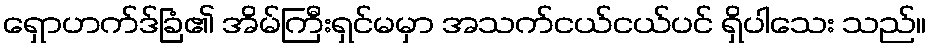
ရှောဟက်ဒ်ခြံ၏ အိမ်ကြီးရှင်မမှာ အသက်ငယ်ငယ်ပင် ရှိပါသေး သည်။